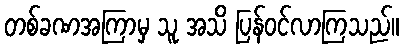
တစ်ခဏအကြာမှ သူ အသိ ပြန်ဝင်လာကြသည်။